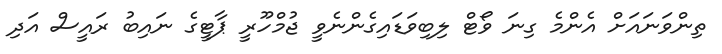
ތިންވަނައަށް އެންމެ ގިނަ ވޯޓް ލިބިވަޑައިގެންނެވީ ޖުމްހޫރީ ޕާޓީގެ ނައިބު ރައީސް އަދި